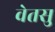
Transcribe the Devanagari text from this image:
वेतसु